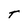
Character: T